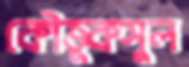
কৌতুকসুল